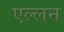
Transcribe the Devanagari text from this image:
एल्लन